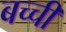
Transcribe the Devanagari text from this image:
बच्‍ची